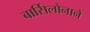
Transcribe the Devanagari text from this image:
बार्सिलोनाने